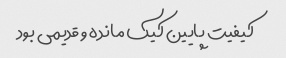
کیفیت پایین کیک مانده و قدیمی بود